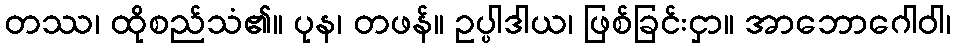
တဿ၊ ထိုစည်သံ၏။ ပုန၊ တဖန်။ ဥပ္ပါဒါယ၊ ဖြစ်ခြင်းငှာ။ အာဘောဂေါဝါ၊